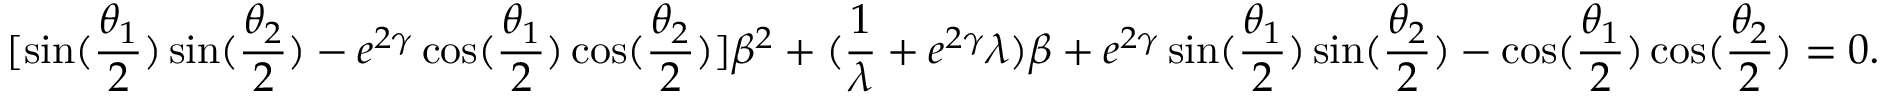
[ \sin ( \frac { \theta _ { 1 } } { 2 } ) \sin ( \frac { \theta _ { 2 } } { 2 } ) - e ^ { 2 \gamma } \cos ( \frac { \theta _ { 1 } } { 2 } ) \cos ( \frac { \theta _ { 2 } } { 2 } ) ] \beta ^ { 2 } + ( \frac { 1 } { \lambda } + e ^ { 2 \gamma } \lambda ) \beta + e ^ { 2 \gamma } \sin ( \frac { \theta _ { 1 } } { 2 } ) \sin ( \frac { \theta _ { 2 } } { 2 } ) - \cos ( \frac { \theta _ { 1 } } { 2 } ) \cos ( \frac { \theta _ { 2 } } { 2 } ) = 0 .